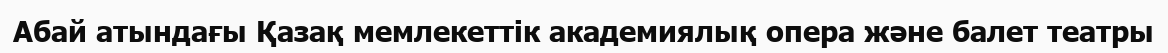
Абай атындағы Қазақ мемлекеттік академиялық опера және балет театры